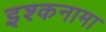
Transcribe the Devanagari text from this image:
इश्कनामा